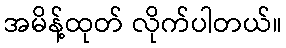
အမိန့်ထုတ် လိုက်ပါတယ်။